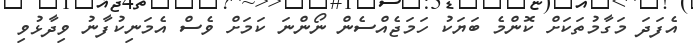
އެފަދަ މަގާމުތަކަށް ކޮންމެ ބަޔަކު ހަމަޖެއްސެން ނޯންނަ ކަމަށް ވެސް އެމަނިކުފާނު ވިދާޅުވި